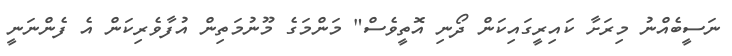
ނަސީބެއްނު މިރަށާ ކައިރީގައިކަން ދޯނި އޮތީވެސް" މަންމަގެ މޫނުމަތިން އުފާވެރިކަން އެ ފެންނަނީ